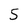
Character: 5